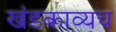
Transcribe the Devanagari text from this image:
खंडकाव्यच